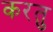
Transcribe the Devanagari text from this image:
करतु